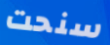
سنحت